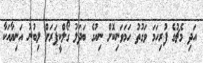
އަދި މެޗުގެ ފުރިހަމަ ވަގުތު ހަމަވަނިކޮށް ނިއުގެ ބަދަލު ގޯލްކީޕަރަށް ލިބުނު އަނިޔާއަކާ